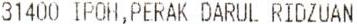
31400 IPOH,PERAK DARUL RIDZUAN